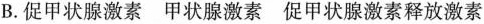
B.促甲状腺激素 甲状腺激素 促甲状腺激素释放激素